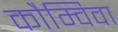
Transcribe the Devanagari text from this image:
कौम्विवा